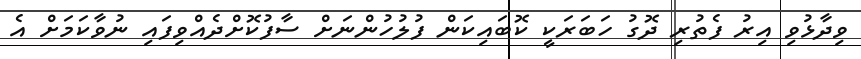
ވިދާޅުވި އިރު ފެތުރި ދޮގު ހަބަރަކީ ކޮބައިކަން ފުލުހުންނަށް ސާފުކޮށްދެއްވިފައި ނުވާކަމަށް އެ